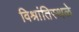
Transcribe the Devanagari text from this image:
विश्रांतिस्थळे